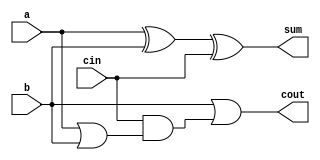
module full_adder3(a,b,cin,sum,cout);
input a,b,cin;
output sum,cout;
assign sum = a^b^cin;
assign cout = 1'b1&b|cin&(a|b); 
// initial begin
//     $display("The incorrect adder with and0 having in1/1");
// end   
endmodule